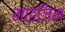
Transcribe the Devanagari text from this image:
माइजिम